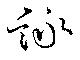
詠